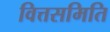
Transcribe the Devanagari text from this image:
वित्तसमिति